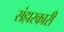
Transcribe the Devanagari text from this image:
संहारकारी